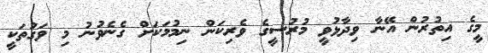
މީގެ އިތުރުން އޭނާ ވިދާޅުވީ މުރުސީގެ ވެރިކަން ނިމުމަކަށް ގެނެވުނު މި ވަގުތަކީ